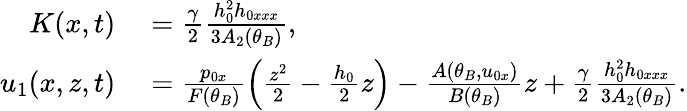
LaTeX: \begin{array}{rl}{K(x,t)}&{{}=\frac{\gamma}{2}\frac{h_{0}^{2}h_{0xxx}}{3A_{2}(\theta_{B})},}\\ {u_{1}(x,z,t)}&{{}=\frac{p_{0x}}{F(\theta_{B})}\left(\frac{z^{2}}{2}-\frac{h_{0}}{2}z\right)-\frac{A(\theta_{B},u_{0x})}{B(\theta_{B})}z+\frac{\gamma}{2}\frac{h_{0}^{2}h_{0xxx}}{3A_{2}(\theta_{B})}.}\end{array}